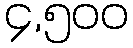
၄,၅၀၀